King Institute of Preventive Medicine Micro-Biological Section reports 1912-19
Year: 1912
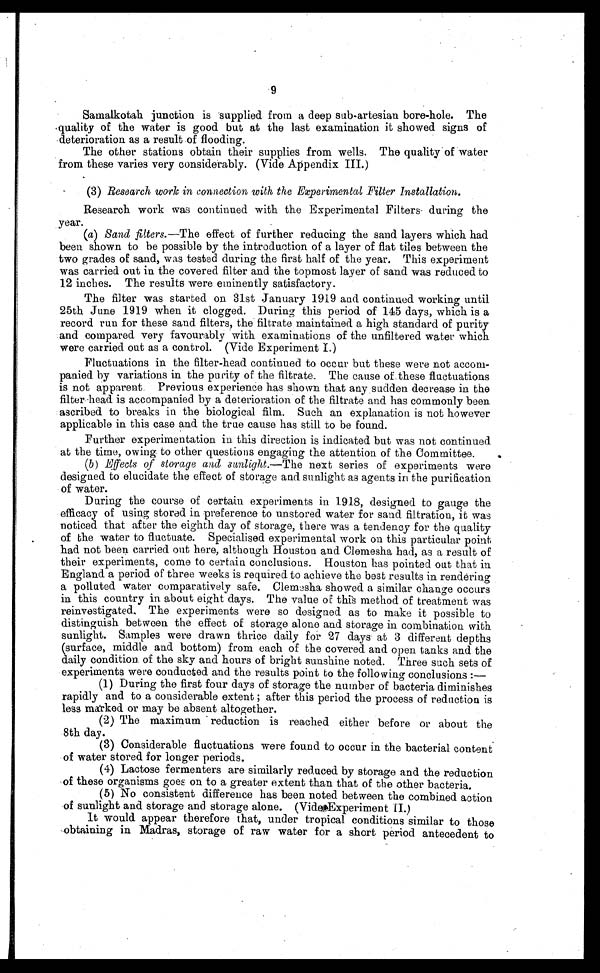
9
Samalkotah junction is supplied from a deep sub-artesian bore-hole. The
quality of the water is good but at the last examination it showed signs of
deterioration as a result of flooding.
The other stations obtain their supplies from wells. The quality of water
from these varies very considerably. (Vide Appendix III.)
(3) Research work in connection with the Experimental Filter Installation
.
Research work was continued with the Experimental Filters during the
year.
(a) Sand filters. —The effect of further reducing the sand layers which had
been shown to be possible by the introduction of a layer of fiat tiles between the
two grades of sand, was tested during the first half of the year. This experiment
was carried out in the covered filter and the topmost layer of sand was reduced to
12 inches. The results were eminently satisfactory.
The filter was started on 31st January 1919 and continued working until
25th June 1919 when it clogged. During this period of 145 days, which is a
record run for these sand filters, the filtrate maintained a high standard of purity
and compared very favourably with examinations of the unfiltered water which
were carried out as a control. (Vide Experiment I.)
Fluctuations in the filter-head continued to occur but these were not accom
- p a n i e d b y v a r i a t i o n s i n t h e p u r i t y o f t h e f i l t r a t e . T h e c a u s e o f t h e s e f l u c t u a t i o n s
is not apparent. Previous experience has shown that any sudden decrease in the
filter head is accompanied by a deterioration of the filtrate and has commonly been
ascribed to breaks in the biological film. Such an explanation is not however
applicable in this case and the true cause has still to be found.
Further experimentation in this direction is indicated but was not continued
at the time, owing to other questions engaging the attention of the Committee.
(b) Effects of storage and sunlight. —The next series of experiments were
designed to elucidate the effect of storage and sunlight as agents in the purification
of water.
During the course of certain experiments in 1918, designed to gauge the
efficacy of using stored in preference to unstored water for sand filtration, it was
noticed that after the eighth day of storage, there was a tendency for the quality
of the water to fluctuate. Specialised experimental work on this particular point
had not been carried out here, although Houston and Clemesha had, as a result of
their experiments, come to certain conclusions. Houston has pointed out that in
England a period of three weeks is required to achieve the best results in rendering
a polluted water comparatively safe. Clemesha showed a similar change occurs
in this country in about eight days. The value of this method of treatment was
reinvestigated. The experiments were so designed as to make it possible to
distinguish between the effect of storage alone and storage in combination with
sunlight. Samples were drawn thrice daily for 27 days at 3 different depths
(surface, middle and bottom) from each of the covered and open tanks and the
daily condition of the sky and hours of bright sunshine noted. Three such sets of
experiments were conducted and the results point to the following conclusions:
—
(1) During the first four days of storage the number of bacteria diminishes
rapidly and to a considerable extent; after this period the process of reduction is
less marked or may be absent altogether.
(2) The maximum reduction is reached either before or about the
8th day.
(3) Considerable fluctuations were found to occur in the bacterial content
of water stored for longer periods.
(4) Lactose fermenters are similarly reduced by storage and the reduction
of these organisms goes on to a greater extent than that of the other bacteria.
(5) No consistent difference has been noted between the combined action
of sunlight and storage and storage alone. (Video Experiment II.)
It would appear therefore that, under tropical conditions similar to those
obtaining in Madras, storage of raw water for a short period antecedent to